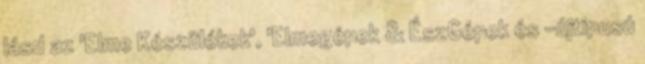
lásd az 'Elme Készülékek', 'Elmegépek & ÉszGépek és -újtipusú